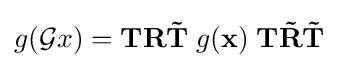
g({\mathcal {G}}x)=\mathbf {TR{\tilde {T}}} \;g(\mathbf {x} )\;\mathbf {T{\tilde {R}}{\tilde {T}}}